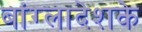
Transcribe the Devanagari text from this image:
बांग्लादेशके